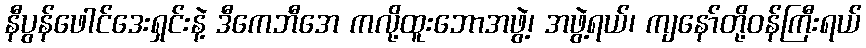
နီပွန်ဖေါင်ဒေးရှင်းနဲ့ ဒီကေဘီအေ ကလို့ထူးဘောအဖွဲ့၊ အဖွဲ့ရယ်၊ ကျနော်တို့ဝန်ကြီးရယ်